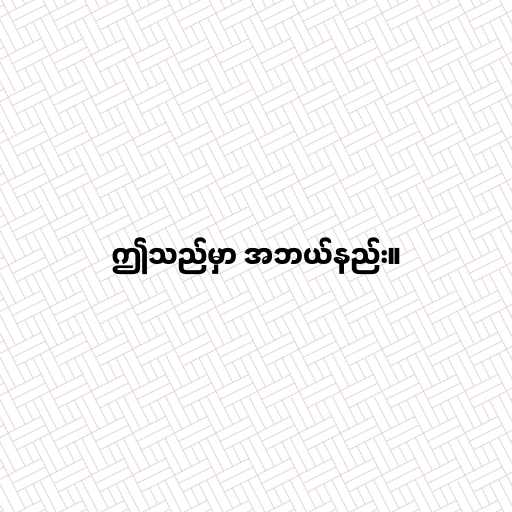
ဤသည်မှာ အဘယ်နည်း။